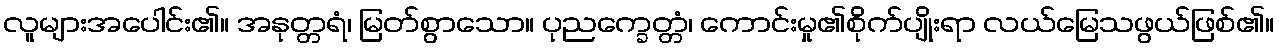
လူများအပေါင်း၏။ အနုတ္တရံ၊ မြတ်စွာသော။ ပုညက္ခေတ္တံ၊ ကောင်းမှု၏စိုက်ပျိုးရာ လယ်မြေသဖွယ်ဖြစ်၏။